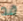
قد